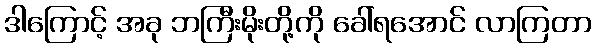
ဒါကြောင့် အခု ဘကြီးမိုးတို့ကို ခေါ်ရအောင် လာကြတာ